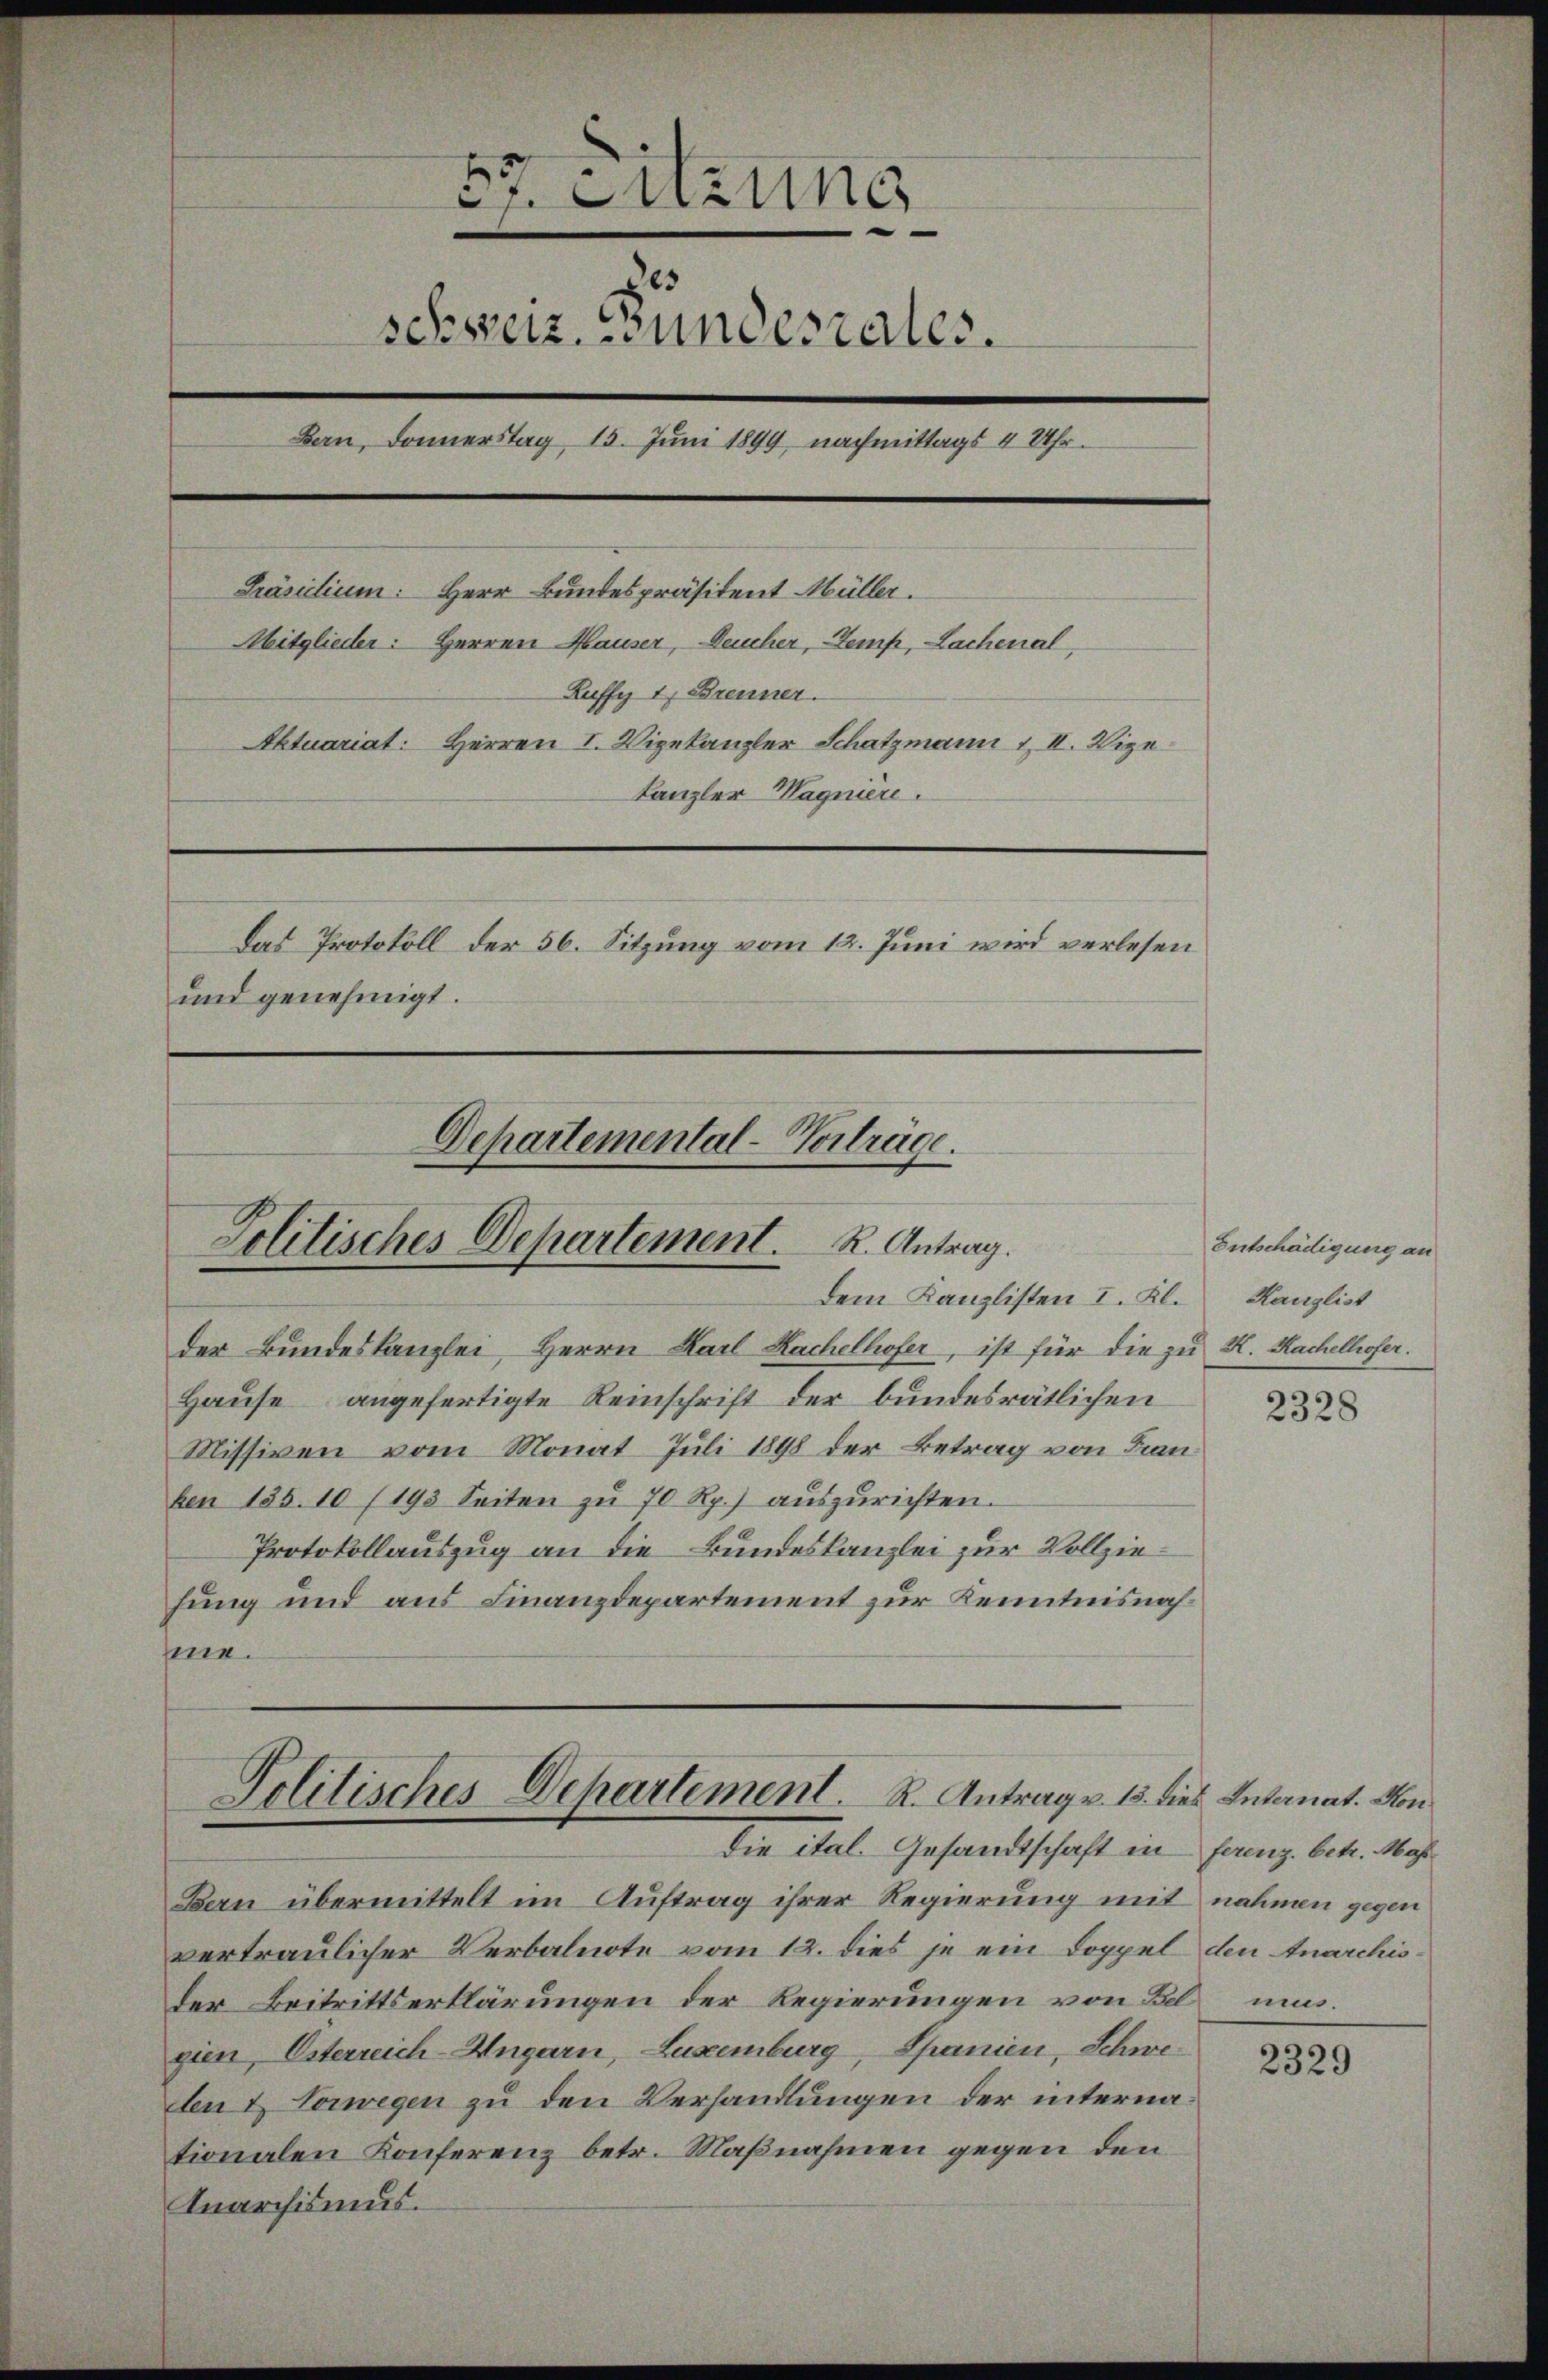
87. Sitzung
schweiz. Bundesrates.
Bern, Donnerstag 15. Juni 1899, nachmittags 4 Uhr.
Präsidium: Herr Bundespräsident Müller.
Mitglieder: Herren Hauser, Deucher, Temp, Lachenal,
Zuffy 1, Brenner.
Aktuariat: Herren I. Vizekanzler Schatzmann & II. Vize
Kanzler Wagniere.
Das Protokoll der 56. Sitzung vom 12. Juni wird verlesen
und genehmigt.

Departemental-Vorträge.
Politisches Departement. R. Antrag.

Politisches Departement. R. Antrag v. 13. dies Internat. Hon
die ital. Gesandtschaft in frez. betr. Ma

Dem Kanzlisten I. Kl.
der Bundeskanzlei, Herrn Karl Kachelhofer, ist für die zu K. Rachelhofer.
Hause angefertigte Reinschrift der bundesrätlichen
Missiven vom Monat Juli 1898 der Betrag von Franben 135. 10 (193 Seiten zŭ 70 Rp. aŭszŭrichten.
Protokollauszug an die Bundeskanzlei zur Vollziefung und aus Finanzdepartement zur Kenntnisnahme.

Bern übermittelt im Auftrag ihrer Regierung mit nahmen gegen
vertraulicher Verbalnote vom 12. dies je ein Doppel den Anarchisder Beitrittserklärungen der Regierungen von Bel ungien, Esterreich-Ungarn, Luxenburg, Spanien, Schweten & Vorwegen zu den Verhandlungen der internationalen Konferenz betr. Maßnahmen gegen den
Anarchismus.

Entschädigung an
Kanzlist

2328

2329